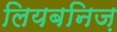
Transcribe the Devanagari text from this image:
लियबनिज़